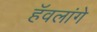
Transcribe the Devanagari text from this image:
हॅवलांगे